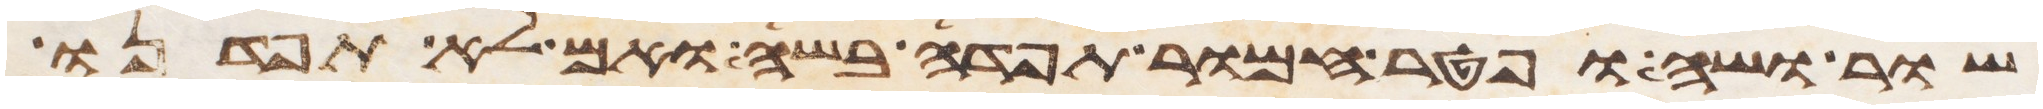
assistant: שור ושה ופטר חמור תפדה בשה ואם לא תפדנו